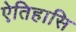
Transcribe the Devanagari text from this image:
ऐतिहासि